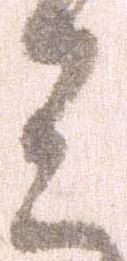
ミ